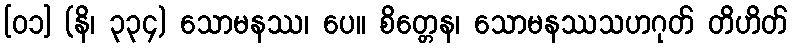
[၀၁] (နိ၊ ၃၃၄) သောမနဿ၊ ပေ။ စိတ္တေန၊ သောမနဿသဟဂုတ် တိဟိတ်